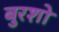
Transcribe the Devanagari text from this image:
बुरशो